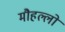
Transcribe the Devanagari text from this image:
मौहल्लो